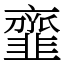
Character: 韲